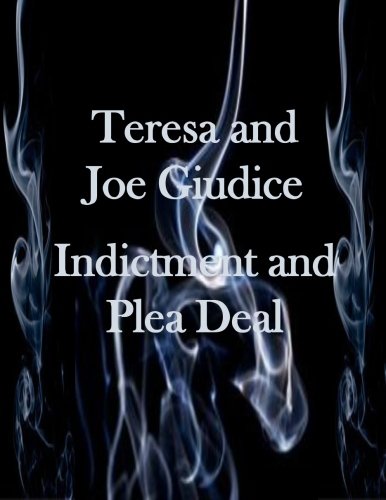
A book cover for Teresa and Joe Guidice Indictment and Plea Deal; United States Distric Court; Biographies & Memoirs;